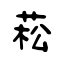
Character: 菘